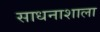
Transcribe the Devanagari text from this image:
साधनाशाला